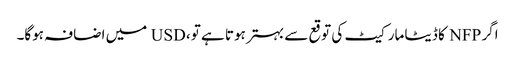
اگر NFP کا ڈیٹا مارکیٹ کی توقع سے بہتر ہوتا ہے تو، USD میں اضافہ ہوگا۔